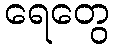
ရေတွေ